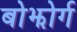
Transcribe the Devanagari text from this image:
बोझोर्ग